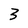
Character: 3